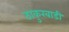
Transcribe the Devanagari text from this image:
ठाकुरबाडी